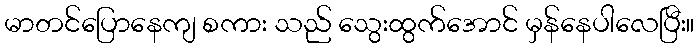
မာတင်ပြောနေကျ စကား သည် သွေးထွက်အောင် မှန်နေပါလေပြီး။